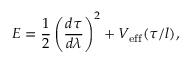
E = \frac { 1 } { 2 } \left( \frac { d \tau } { d \lambda } \right) ^ { 2 } + V _ { \mathrm { e f f } } ( \tau / l ) ,